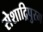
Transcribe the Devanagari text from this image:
सेशाद्रिपुरम